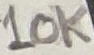
Text: 10K